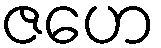
ဇဟေ